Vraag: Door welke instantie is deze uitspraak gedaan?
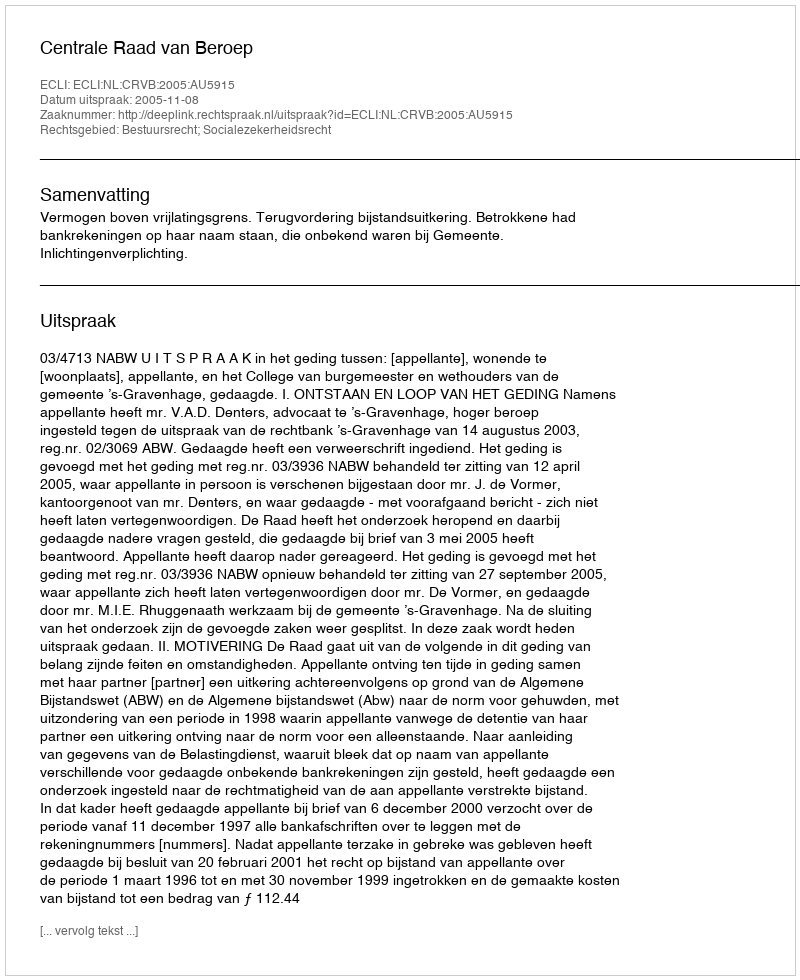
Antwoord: Centrale Raad van Beroep